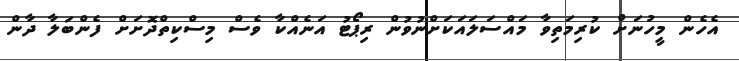
އެހެން މީހުނަށް ކުރިމަތިވާ މައްސަލައަކަށްނުވުން ރިޕޯޓު އަނެއްކާ ވެސް މިސްކިތްދޮށަށް ފެންބަލާ ދާން